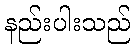
နည်းပါးသည်